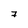
Character: 7